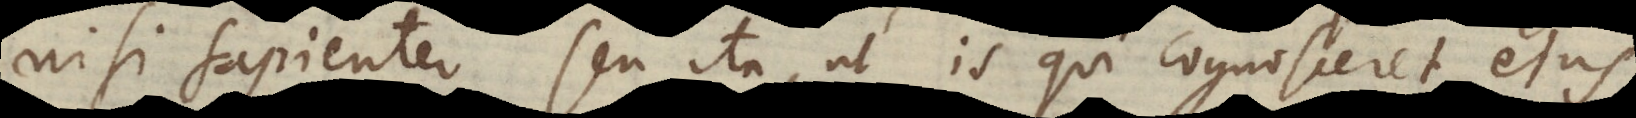
nisi sapienter, seu ita, ut is qui cognosceret ejus